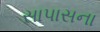
સાપાસના